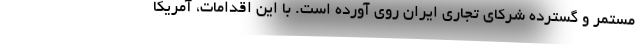
مستمر و گسترده شرکای تجاری ایران روی آورده است. با این اقدامات، آمریکا